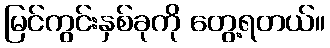
မြင်ကွင်းနှစ်ခုကို တွေ့ရတယ်။